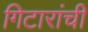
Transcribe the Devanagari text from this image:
गिटारांची